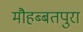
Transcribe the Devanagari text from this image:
मौहब्बतपुरा